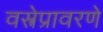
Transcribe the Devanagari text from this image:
वस्त्रेप्रावरणे